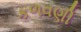
કળવણી